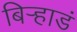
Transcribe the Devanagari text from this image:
बिऱ्हाडं